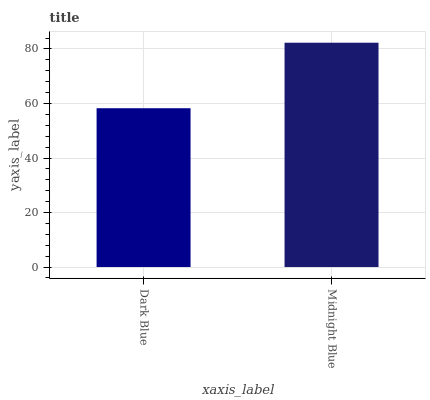
| xaxis_label | bars |
 | --- | --- |
 | Dark Blue | 58.3 |
 | Midnight Blue | 82.3 |